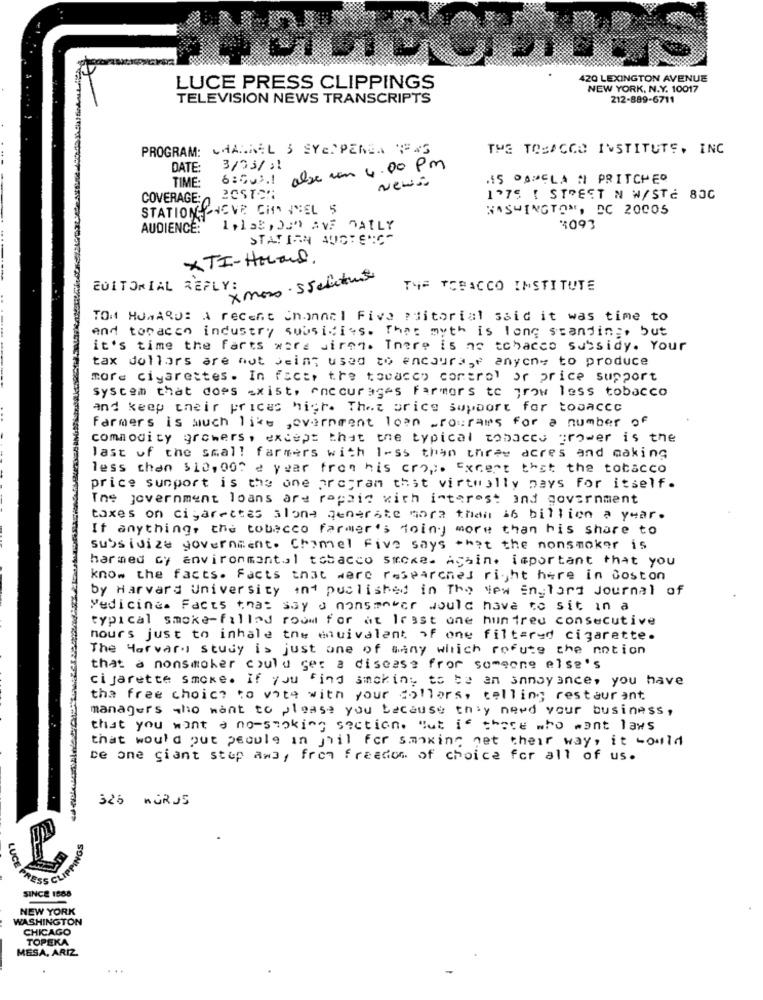
20 LEXINGTON AVENUE
LUCE PRESS CLIPPINGS
NEW YORK, N.Y. 10017
TELEVISION NEWS TRANSCRIPTS
212-889-6711
PROGRAM: CHANNEL & SYEPPERSA PAS
THE TOBACCO INSTITUTE, INC
DATE:
3/03/21
alse un 4.00 Pm
TIME:
6: Du2.1
News
.IS PORCLA A PRITCHER
COVERAGE: o
1375 [ STREET N W/STÉ 80C
STATION CHOVE CH FREL 5
WASHINGTON, DC 20005
AUDIENCE:
1.laS, JJ AVE DAILY
4093
STATIAN AUDIENCE
XTI-Hoal.
EDITORIAL REFLY:
THE TOBACCO INSTITUTE
TON HOMARDS A recent Channel Five ?ditorial said it was time to
And tobacco industry subsidies. That myth is long standing, but
it's time the farts ware Jiren. There is no tchaceo subsidy. Your
tax dollars are not being used to encoura,f anycn= to produce
more cigarettes. In fact, the tobacco control or price support
system that does exist, encourages Farmors to grow less tobacco
and keep their prices high. Thet price support for tosacec
Farmers is much like government loan _pourars for a number of
commodity growers, except that the typical tobacco grower is the
last of the small farmers with less than three acres and making
less than $10, 000 e year from his crop ;. Except that the tobacco
price sunport is the one program that virtually pays for itself.
The government loans are rapaic with interest and government
taxes on cigarettes alone generate more than 16 billion a year.
If anything, the tobacco farmer's doing more than his share to
subsidize government. Chamel Five says * * it the nonsmoker is
harmed Gy environmental tobacco smoke. Assin. important that you
know the facts. Facts that were researched right here in doston
by Harvard University int published in The New England Journal of
Medicine. Facts that say a nonsmoker would have to sit in a
typical smoke-filled room for at least one huntreu consecutive
hours just to inhale the equivalent of one filtered cigarette.
The Hervary study is just one of many which rofute the notion
that a nonsmoker could get a disease for someone else's
cigarette smoke. If you find smoking to be an annoyance, you have
the free choice to vita with your collors, telling restaurant
managers who want to please you because they need your business ,
that you want a no-smoking section. But is there who want laws
that would put people in jail for smoking get their way, it would
be one giant stup aw3, from freedom of choice for all of us.
326 mGRUS
GS
SINCE 1888
NEW YORK
WASHINGTON
CHICAGO
TOPEKA
MESA, ARIZ.